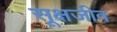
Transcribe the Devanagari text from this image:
सूक्षजीव